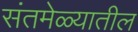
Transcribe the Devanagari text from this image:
संतमेळ्यातील